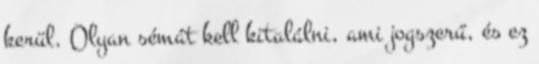
kerül. Olyan sémát kell kitalálni, ami jogszerű, és ez